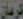
كرمان